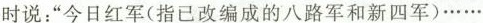
时说：”今日红军(指已改编成的八路军和新四军)……